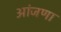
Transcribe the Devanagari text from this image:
आंजणा